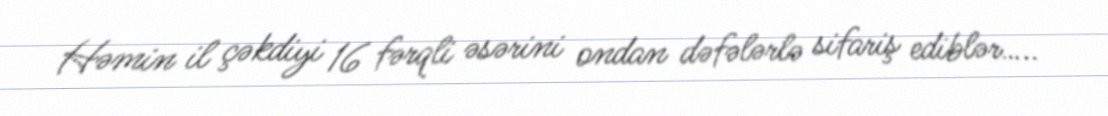
Həmin il çəkdiyi 16 fərqli əsərini ondan dəfələrlə sifariş ediblər…..